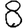
Digit: 8